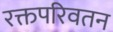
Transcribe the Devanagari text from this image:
रक्तपरिवतन